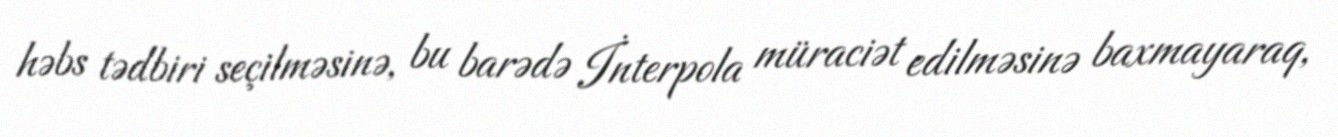
həbs tədbiri seçilməsinə, bu barədə İnterpola müraciət edilməsinə baxmayaraq,